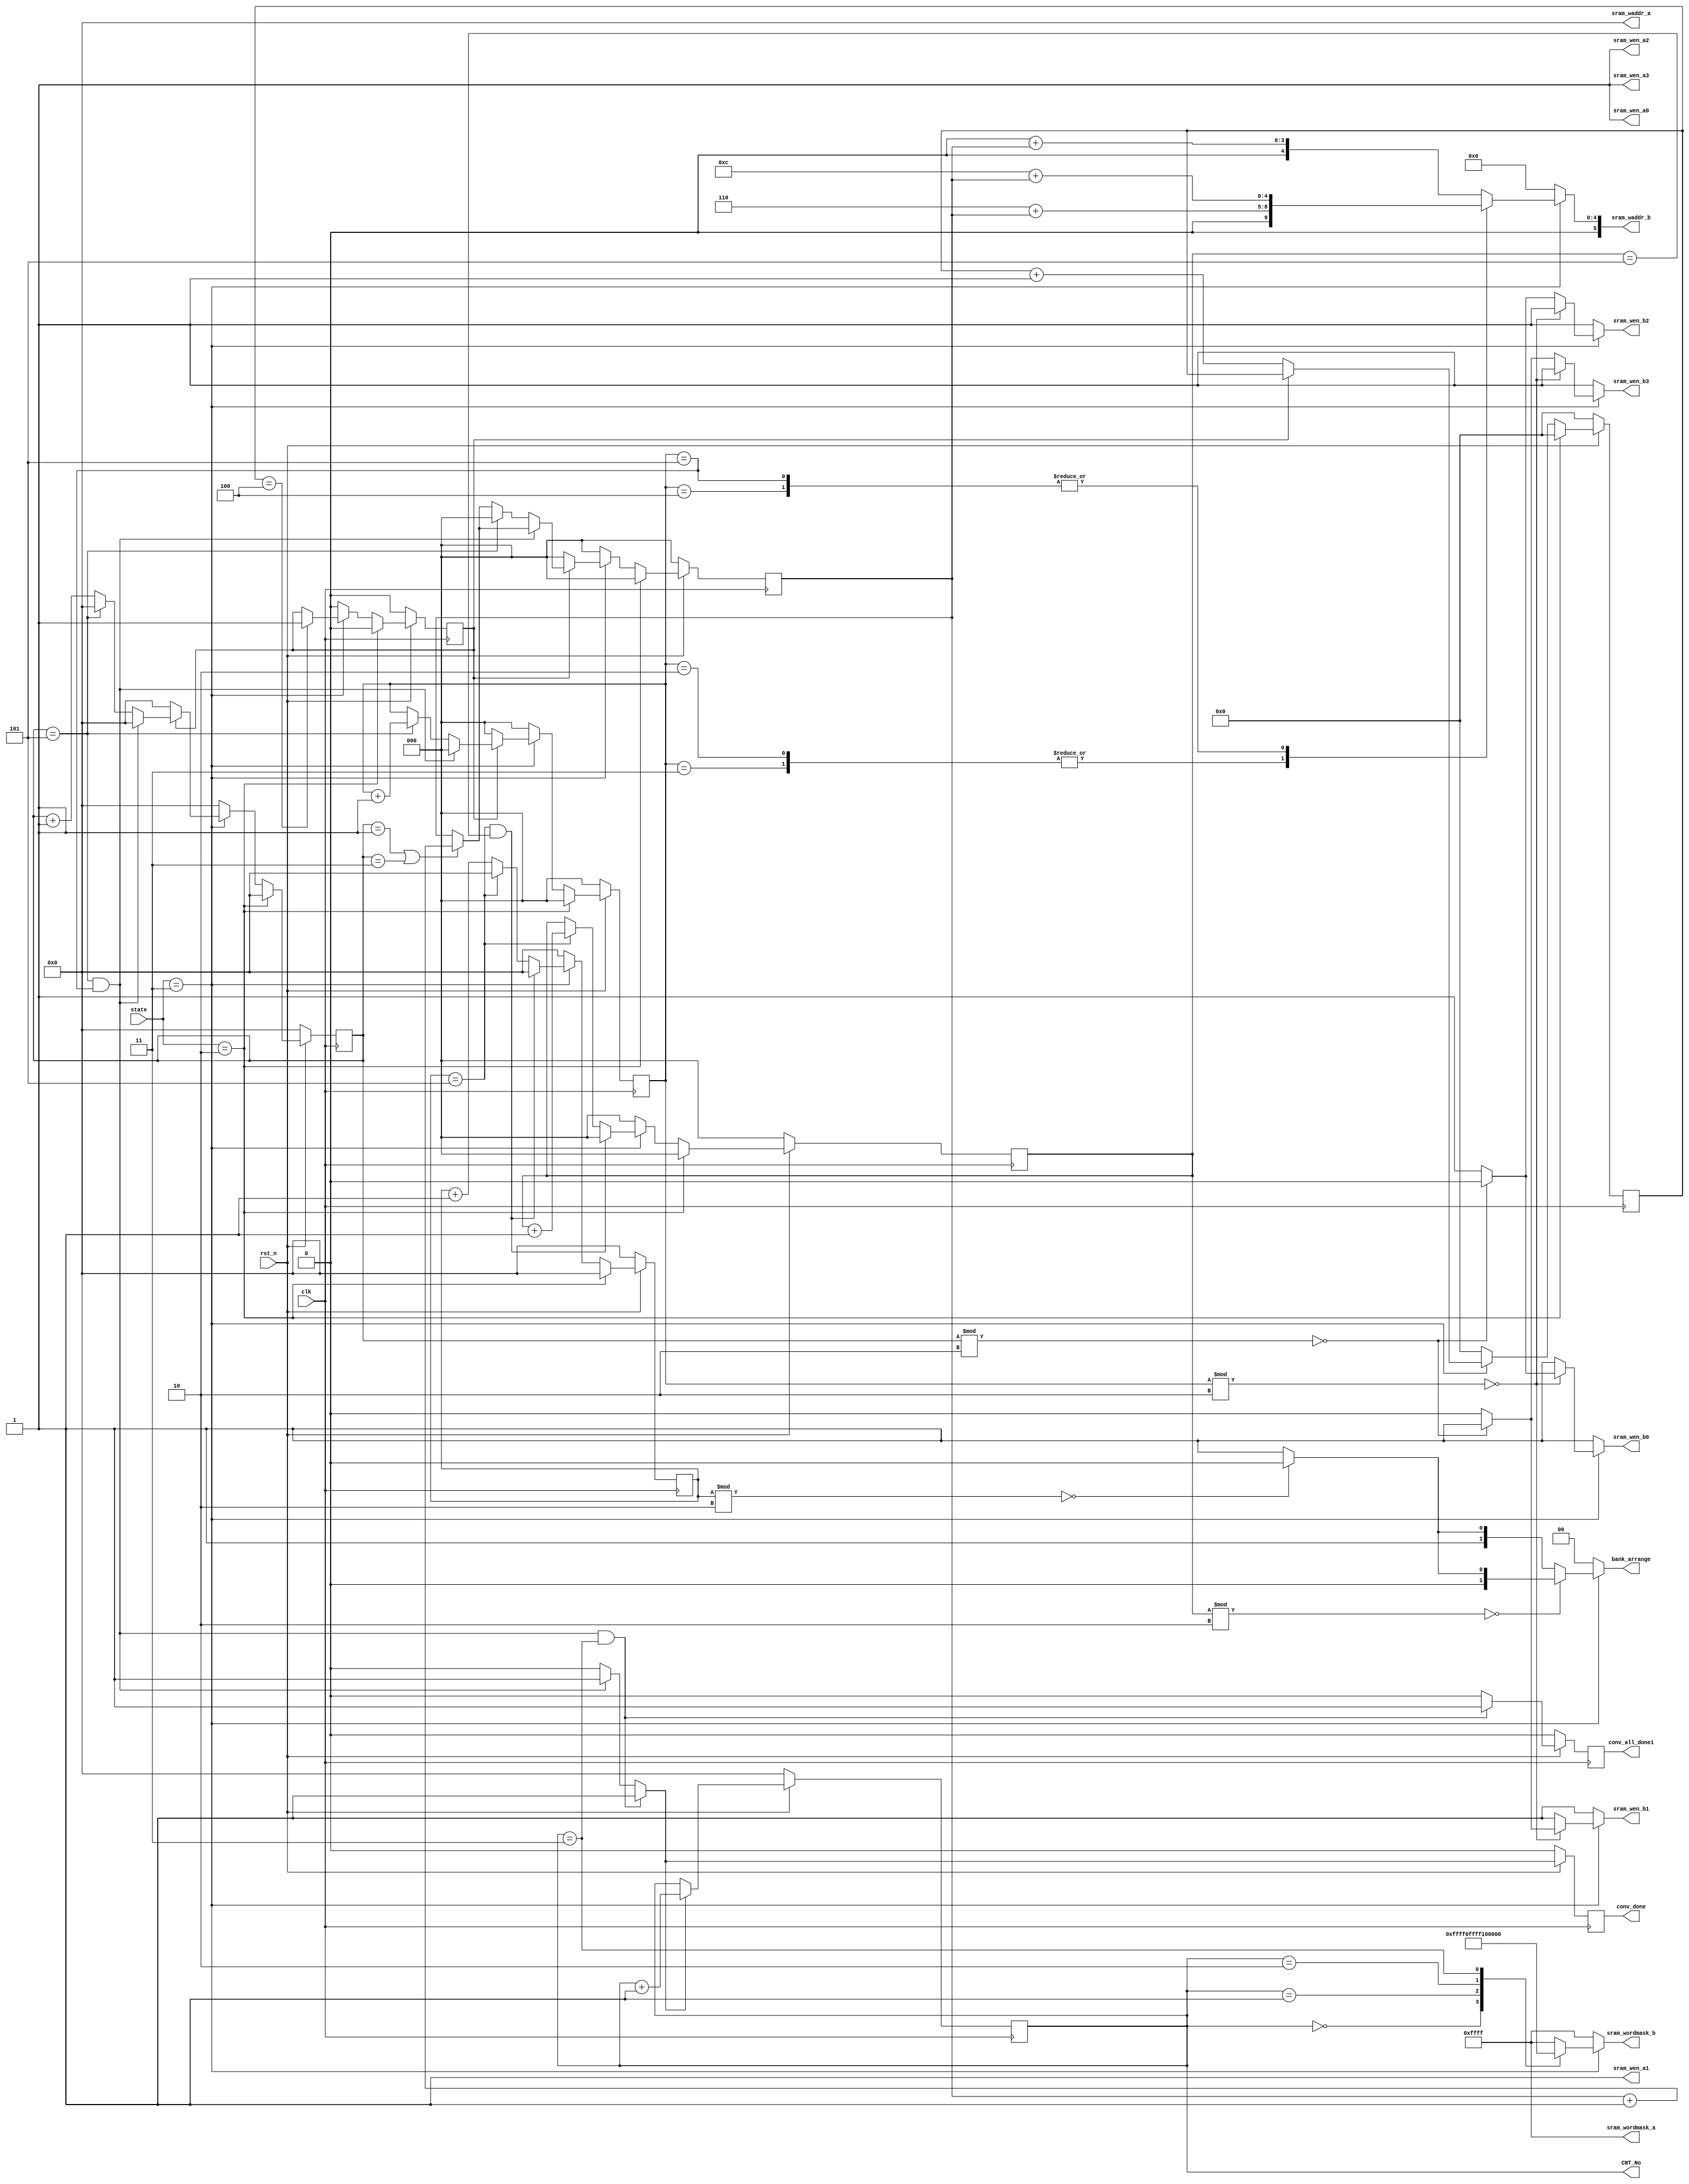
module write#(
parameter CH_NUM = 4,
parameter ACT_PER_ADDR = 4,
parameter BW_PER_ACT = 12,
parameter WEIGHT_PER_ADDR = 9, 
parameter BIAS_PER_ADDR = 1,
parameter BW_PER_PARAM = 8
)
(
input [3:0]state,
input clk,                          
input rst_n,  // synchronous reset (active low)      
// write enable for SRAM groups A & B
output reg sram_wen_a0,
output reg sram_wen_a1,
output reg sram_wen_a2,
output reg sram_wen_a3,
output reg sram_wen_b0,
output reg sram_wen_b1,
output reg sram_wen_b2,
output reg sram_wen_b3,
// word mask for SRAM groups A & B
output reg [CH_NUM*ACT_PER_ADDR-1:0] sram_wordmask_a,
output reg [CH_NUM*ACT_PER_ADDR-1:0] sram_wordmask_b,
// write addrress to SRAM groups A & B
output reg [5:0] sram_waddr_a,
output reg [5:0] sram_waddr_b,
// write data to SRAM groups A & B
output reg conv_done,
output reg conv_all_done1,
output reg [5:0] CNT_No,
output reg [1:0] bank_arrange
);
parameter IDLE = 2'd0, UNSUFFULE = 2'd1, LOAD_WECONV1 = 2'd2, CONV1 = 2'd3; 
reg start_CNT, n_start_CNT;
reg [3:0] CNT_DELAY, n_CNT_DELAY;
reg [5:0] CNT_ADDR, n_CNT_ADDR;
reg [5:0] n_CNT_No;
reg [2:0] CNT_ADDR_R, n_CNT_ADDR_R;
reg [2:0] CNT_HALF, n_CNT_HALF;
reg n_conv_all_done1;
reg n_conv_done;

always @(posedge clk) begin
	if(~rst_n) begin
		CNT_ADDR <= 0;
		CNT_No <= 0;
		CNT_ADDR_R <= 0;
		CNT_HALF <= 0;
		conv_all_done1 <= 0;
		CNT_DELAY <= 0;
		start_CNT <= 0;
		conv_done <= 0;
	end
	else begin
		CNT_ADDR <= n_CNT_ADDR;
		CNT_No <= n_CNT_No;
		CNT_ADDR_R <= n_CNT_ADDR_R;
		CNT_HALF <= n_CNT_HALF;
		conv_all_done1 <= n_conv_all_done1;
		CNT_DELAY <= n_CNT_DELAY;
		start_CNT <= n_start_CNT;
		conv_done <= n_conv_done;
	end
end

always @* begin
	if(state == LOAD_WECONV1)
		n_start_CNT = 0;
	else if(state == CONV1) begin
		if(CNT_DELAY ==4)
			n_start_CNT = 1;
		else
			n_start_CNT = start_CNT;
	end
	else
		n_start_CNT = 0;
end


always @* begin
	if(state==LOAD_WECONV1) begin
		n_CNT_DELAY = 0;
		n_CNT_ADDR = 0;
		n_CNT_ADDR_R = 0;
		n_CNT_HALF = 0;
	end
	else if(state == CONV1) begin
		if(start_CNT == 1) begin
			n_CNT_DELAY = CNT_DELAY ;
			n_CNT_ADDR = CNT_ADDR + 1;
			n_CNT_ADDR_R = CNT_ADDR_R;
			n_CNT_HALF = CNT_HALF;
			if(CNT_ADDR == 1 || CNT_ADDR == 3)
				n_CNT_HALF = CNT_HALF + 1;
			if(CNT_ADDR==5 && CNT_ADDR_R==5) begin
				n_CNT_ADDR = 0;
				n_CNT_ADDR_R = 0;
			end
			else if(CNT_ADDR==5) begin
				n_CNT_ADDR = 0;
				n_CNT_ADDR_R = CNT_ADDR_R + 1;
				n_CNT_HALF = 0;
			end
		end
		else begin
			n_CNT_DELAY = CNT_DELAY + 1;
			n_CNT_ADDR = 0;
			n_CNT_ADDR_R = 0;
			n_CNT_HALF = 0;
		end
	end
	else begin
		n_CNT_DELAY = 0;
		n_CNT_ADDR = 0;
		n_CNT_ADDR_R = 0;
		n_CNT_HALF = 0;
	end
end


always @* begin
	n_conv_done = 0;
	n_conv_all_done1 = 0;
	if(CNT_ADDR == 5 && CNT_ADDR_R == 5 && CNT_No == 3) begin
		n_conv_all_done1 = 1;
		n_conv_done = 1;
	end
	else if(CNT_ADDR == 5 && CNT_ADDR_R == 5)
		n_conv_done = 1;
end

always @* begin
	if(n_conv_done == 1)
		n_CNT_No = CNT_No + 1;
	else
		n_CNT_No = CNT_No;
end



always @* begin
	sram_wen_a0 = 1;
	sram_wen_a1 = 1;
	sram_wen_a2 = 1;
	sram_wen_a3 = 1;
	sram_wen_b0 = 1;
	sram_wen_b1 = 1;
	sram_wen_b2 = 1;
	sram_wen_b3 = 1;
	if(state == CONV1) begin
		if(CNT_ADDR_R % 2 == 0) begin
			if(CNT_ADDR % 2 == 0) begin
				sram_wen_b0 = 0;
				sram_wen_b1 = 1;
				sram_wen_b2 = 1;
				sram_wen_b3 = 1;
			end
			else begin
				sram_wen_b0 = 1;
				sram_wen_b1 = 0;
				sram_wen_b2 = 1;
				sram_wen_b3 = 1;
			end
		end
		else begin
			if(CNT_ADDR % 2 == 0) begin
				sram_wen_b0 = 1;
				sram_wen_b1 = 1;
				sram_wen_b2 = 0;
				sram_wen_b3 = 1;
			end
			else begin
				sram_wen_b0 = 1;
				sram_wen_b1 = 1;
				sram_wen_b2 = 1;
				sram_wen_b3 = 0;
			end
		end
	end
end


always @* begin


	sram_wordmask_a = 16'b1111_1111_1111_1111;
	sram_wordmask_b = 16'b1111_1111_1111_1111;
	
	if(state == CONV1)begin
		case(CNT_No) //synopsys parallel_case
			0:sram_wordmask_b = 16'b0000_1111_1111_1111;
			1:sram_wordmask_b = 16'b1111_0000_1111_1111;
			2:sram_wordmask_b = 16'b1111_1111_0000_1111;
			3:sram_wordmask_b = 16'b1111_1111_1111_0000;
			default: sram_wordmask_b = 16'b1111_1111_1111_1111;
		endcase		
	end

end

always @* begin
sram_waddr_a = 0;
sram_waddr_b = 0;
	if(state == CONV1) begin
		case(CNT_ADDR_R)
			0,1:sram_waddr_b = 0 + CNT_HALF;
			2,3:sram_waddr_b = 6 + CNT_HALF;
			4,5:sram_waddr_b = 12 + CNT_HALF;
			default:sram_waddr_b = 0 + CNT_HALF;
		endcase
	end
end

/////////bank arrange/////////
reg [5:0] CNT_ADDR_BA, n_CNT_ADDR_BA;
reg [2:0] CNT_ADDR_R_BA, n_CNT_ADDR_R_BA;

always @(posedge clk) begin
	if(~rst_n) begin
		CNT_ADDR_BA <= 0;
		CNT_ADDR_R_BA <= 0;
	end
	else begin
		CNT_ADDR_BA <= n_CNT_ADDR_BA;
		CNT_ADDR_R_BA <= n_CNT_ADDR_R_BA;
	end
end


always @* begin
	if(state==LOAD_WECONV1) begin
		n_CNT_ADDR_BA = 0;
		n_CNT_ADDR_R_BA = 0;
	end
	else if(state == CONV1) begin
		n_CNT_ADDR_BA = CNT_ADDR_BA + 1;
		n_CNT_ADDR_R_BA = CNT_ADDR_R_BA;
		if(CNT_ADDR_BA==5 && CNT_ADDR_R_BA==5) begin
			n_CNT_ADDR_BA = 0;
			n_CNT_ADDR_R_BA = 0;
		end
		else if(CNT_ADDR_BA==5) begin
			n_CNT_ADDR_BA = 0;
			n_CNT_ADDR_R_BA = CNT_ADDR_R_BA + 1;
		end
	end
	else begin
		n_CNT_ADDR_BA = 0;
		n_CNT_ADDR_R_BA = 0;
	end
end

always @* begin
	bank_arrange = 0;
	if(state == CONV1) begin
		if(CNT_ADDR_R_BA % 2 == 0) begin
			if(CNT_ADDR_BA % 2 == 0) begin
				bank_arrange = 0;
			end
			else begin
				bank_arrange = 1;
			end
		end
		else begin
			if(CNT_ADDR_BA % 2 == 0) begin
				bank_arrange = 2;
			end
			else begin
				bank_arrange = 3;
			end
		end
	end
end
endmodule